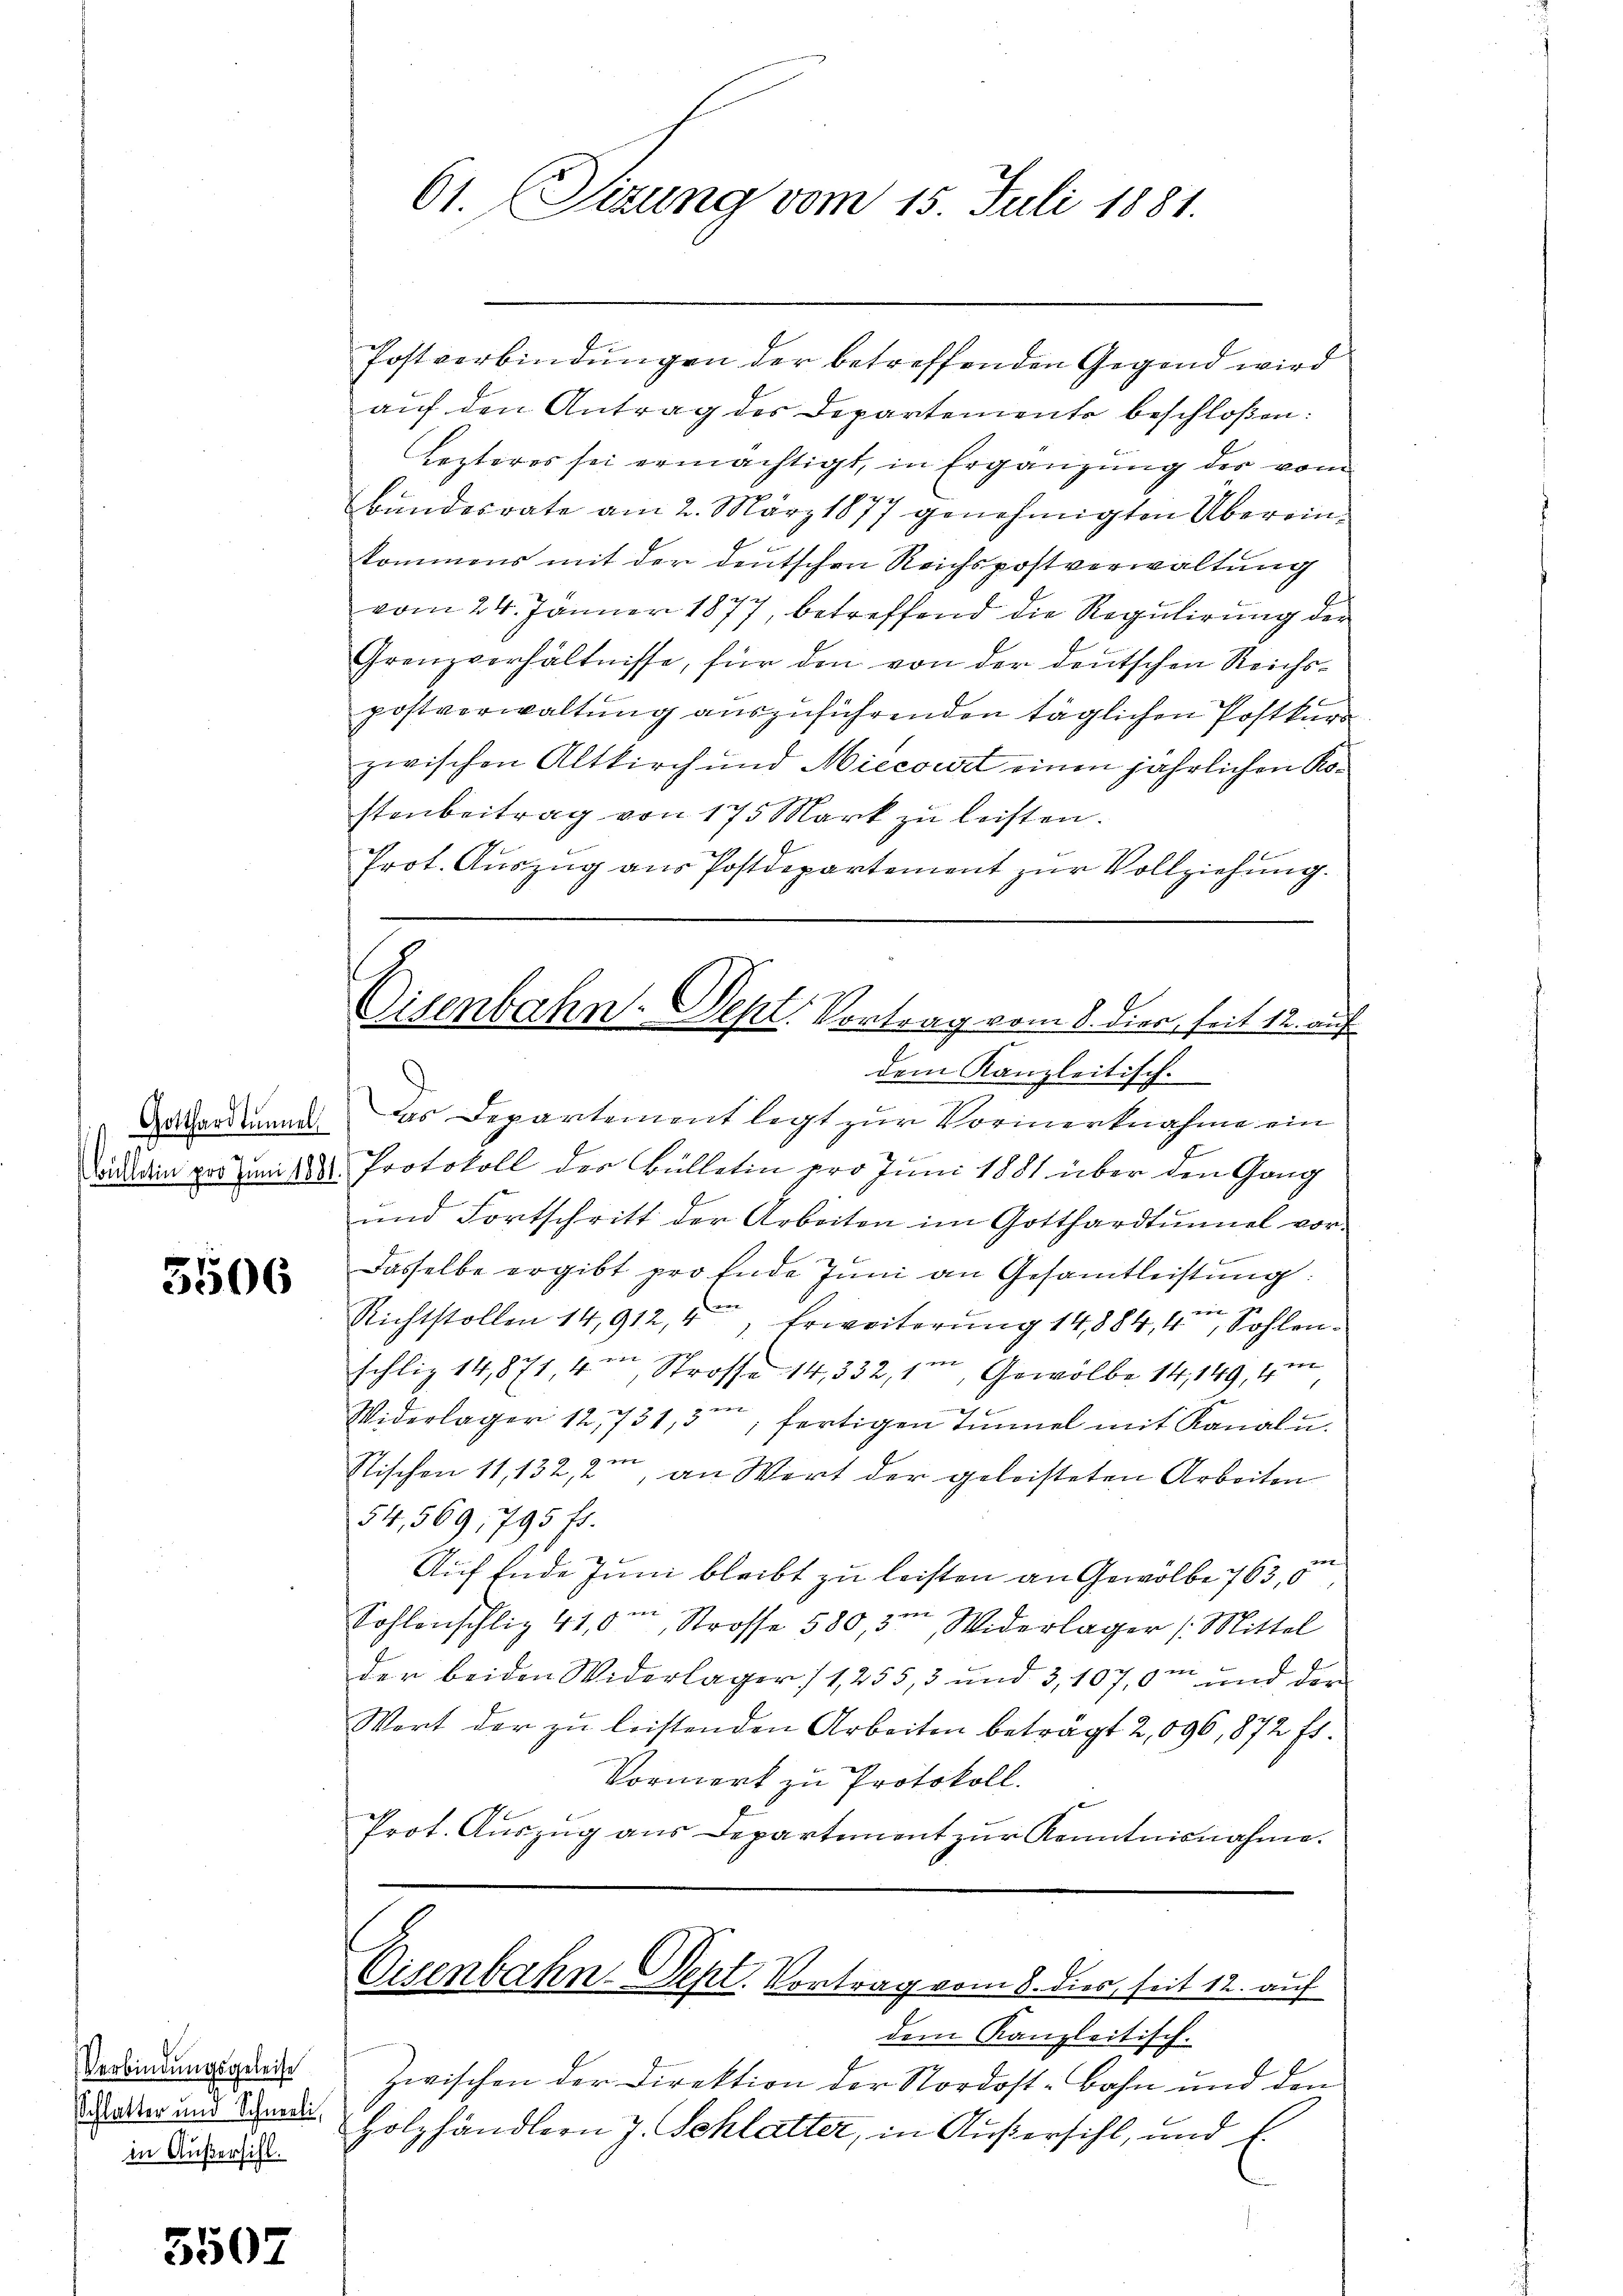
5506

Verbindungsgeleise
Schlatter und Schneeli,
in Außersihl.

3507

Postverbindungen der betreffenden Gegend wird
auf den Antrag des Departemente beschloßen:
Lezteres sei ermächtigt, in Ergänzung der vom
Bundesrate am 2. März 1877 genehmigten Übereinkommens mit der deutschen Reichspostverwaltung
vom 24. Jänner 1877, betreffend die Regulirung der
Grenzverhältnisse, für den von der deutschen Reichspostverwaltŭng auszuführenden täglichen Postkurs
zwischen Altkirch und Miecourt einen jährlichen Kostenbeitrag von 175 Mark zu leisten.
Prot. Auszug aus Postdepartement zur Vollziehung.
dem Kanzleitisch-
rhardinand das Departement legt zŭr Vormerknahme ein
ditain vor mit Protokoll der Bülletin pro Juni 1881 über den Gang
und Fortschritt der Arbeiten im Gotthardtunnel vor.
Dasselbe ergibt pro Ende Juni an Gesamtleistung:
u
e
Richtstollen 14,912, 4, Erweiterung 14,884, 4, Sohlenschlig 14,871, 4 Strasse 14,332, 1, Gewölbe 14, 149, m
Widerlager 12,731, 3, fertigen Tŭnnel mit Kanal u.
Stischen 11, 132, 2, an Wert der geleisteten Arbeiten
54,569, 795 ff.
e
Auf Ende Juni bleibt zu leisten an Gewölbe 763,0
Sohlenschliz 41,0m Strasse 580,3m Widerlager (Mittel
der beiden Widerlager/ 1,255, 3 und 3, 107,0m und der
Wort der zu leistenden Arbeiten beträgt 2,896, 872 f
Vormerk zu Protokoll.
Prot. Aŭszŭg ans Departement zŭr Kenntnisnahme.

61. Sitzung vom 15. Juli 1881.

Cisenbahn-Dept. Vortrag vom 8. Dier, seit 12. auf
f

Eisenbahn. Sept. Vortrag vom 8. dies seit 12. auf

dem Kanzleitisch.
Zwischen der Direktion der Nordost-Bahn und den
Holzhändlern J. Schlatter, in Außersihl, und f